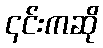
၎င်းကဆို